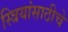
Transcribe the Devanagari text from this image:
स्त्रियांसाठीचे